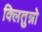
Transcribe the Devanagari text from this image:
क्लितुन्नो